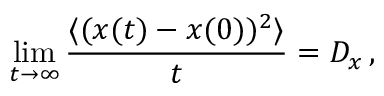
\operatorname * { l i m } _ { t \rightarrow \infty } \frac { \langle ( x ( t ) - x ( 0 ) ) ^ { 2 } \rangle } { t } = D _ { x } \, ,